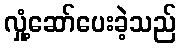
လှုံ့ဆော်ပေးခဲ့သည်